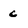
Character: c